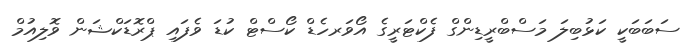
ސަބަބަކީ ކަޅުބިލަ މަސްބްރީޑިންގް ފެކްޓަރީގެ އޯވަރހެޑް ކޯސްޓް ކުޑަ ވެފައި ޕްރޮޑަކްޝަން ވޮލިއުމް